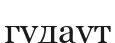
гудаут